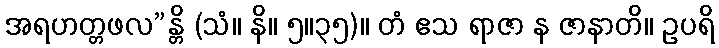
အရဟတ္တဖလ”န္တိ (သံ။ နိ။ ၅။၃၅)။ တံ ဧသ ရာဇာ န ဇာနာတိ။ ဥပရိ